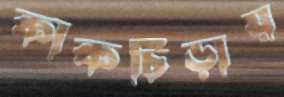
কাকচিঁড়ায়